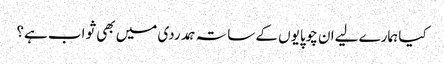
کیا ہمارے لیےان چوپایوں کے ساتہ ہمدردی میں بھی ثواب ہے؟